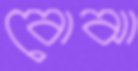
বোঝা